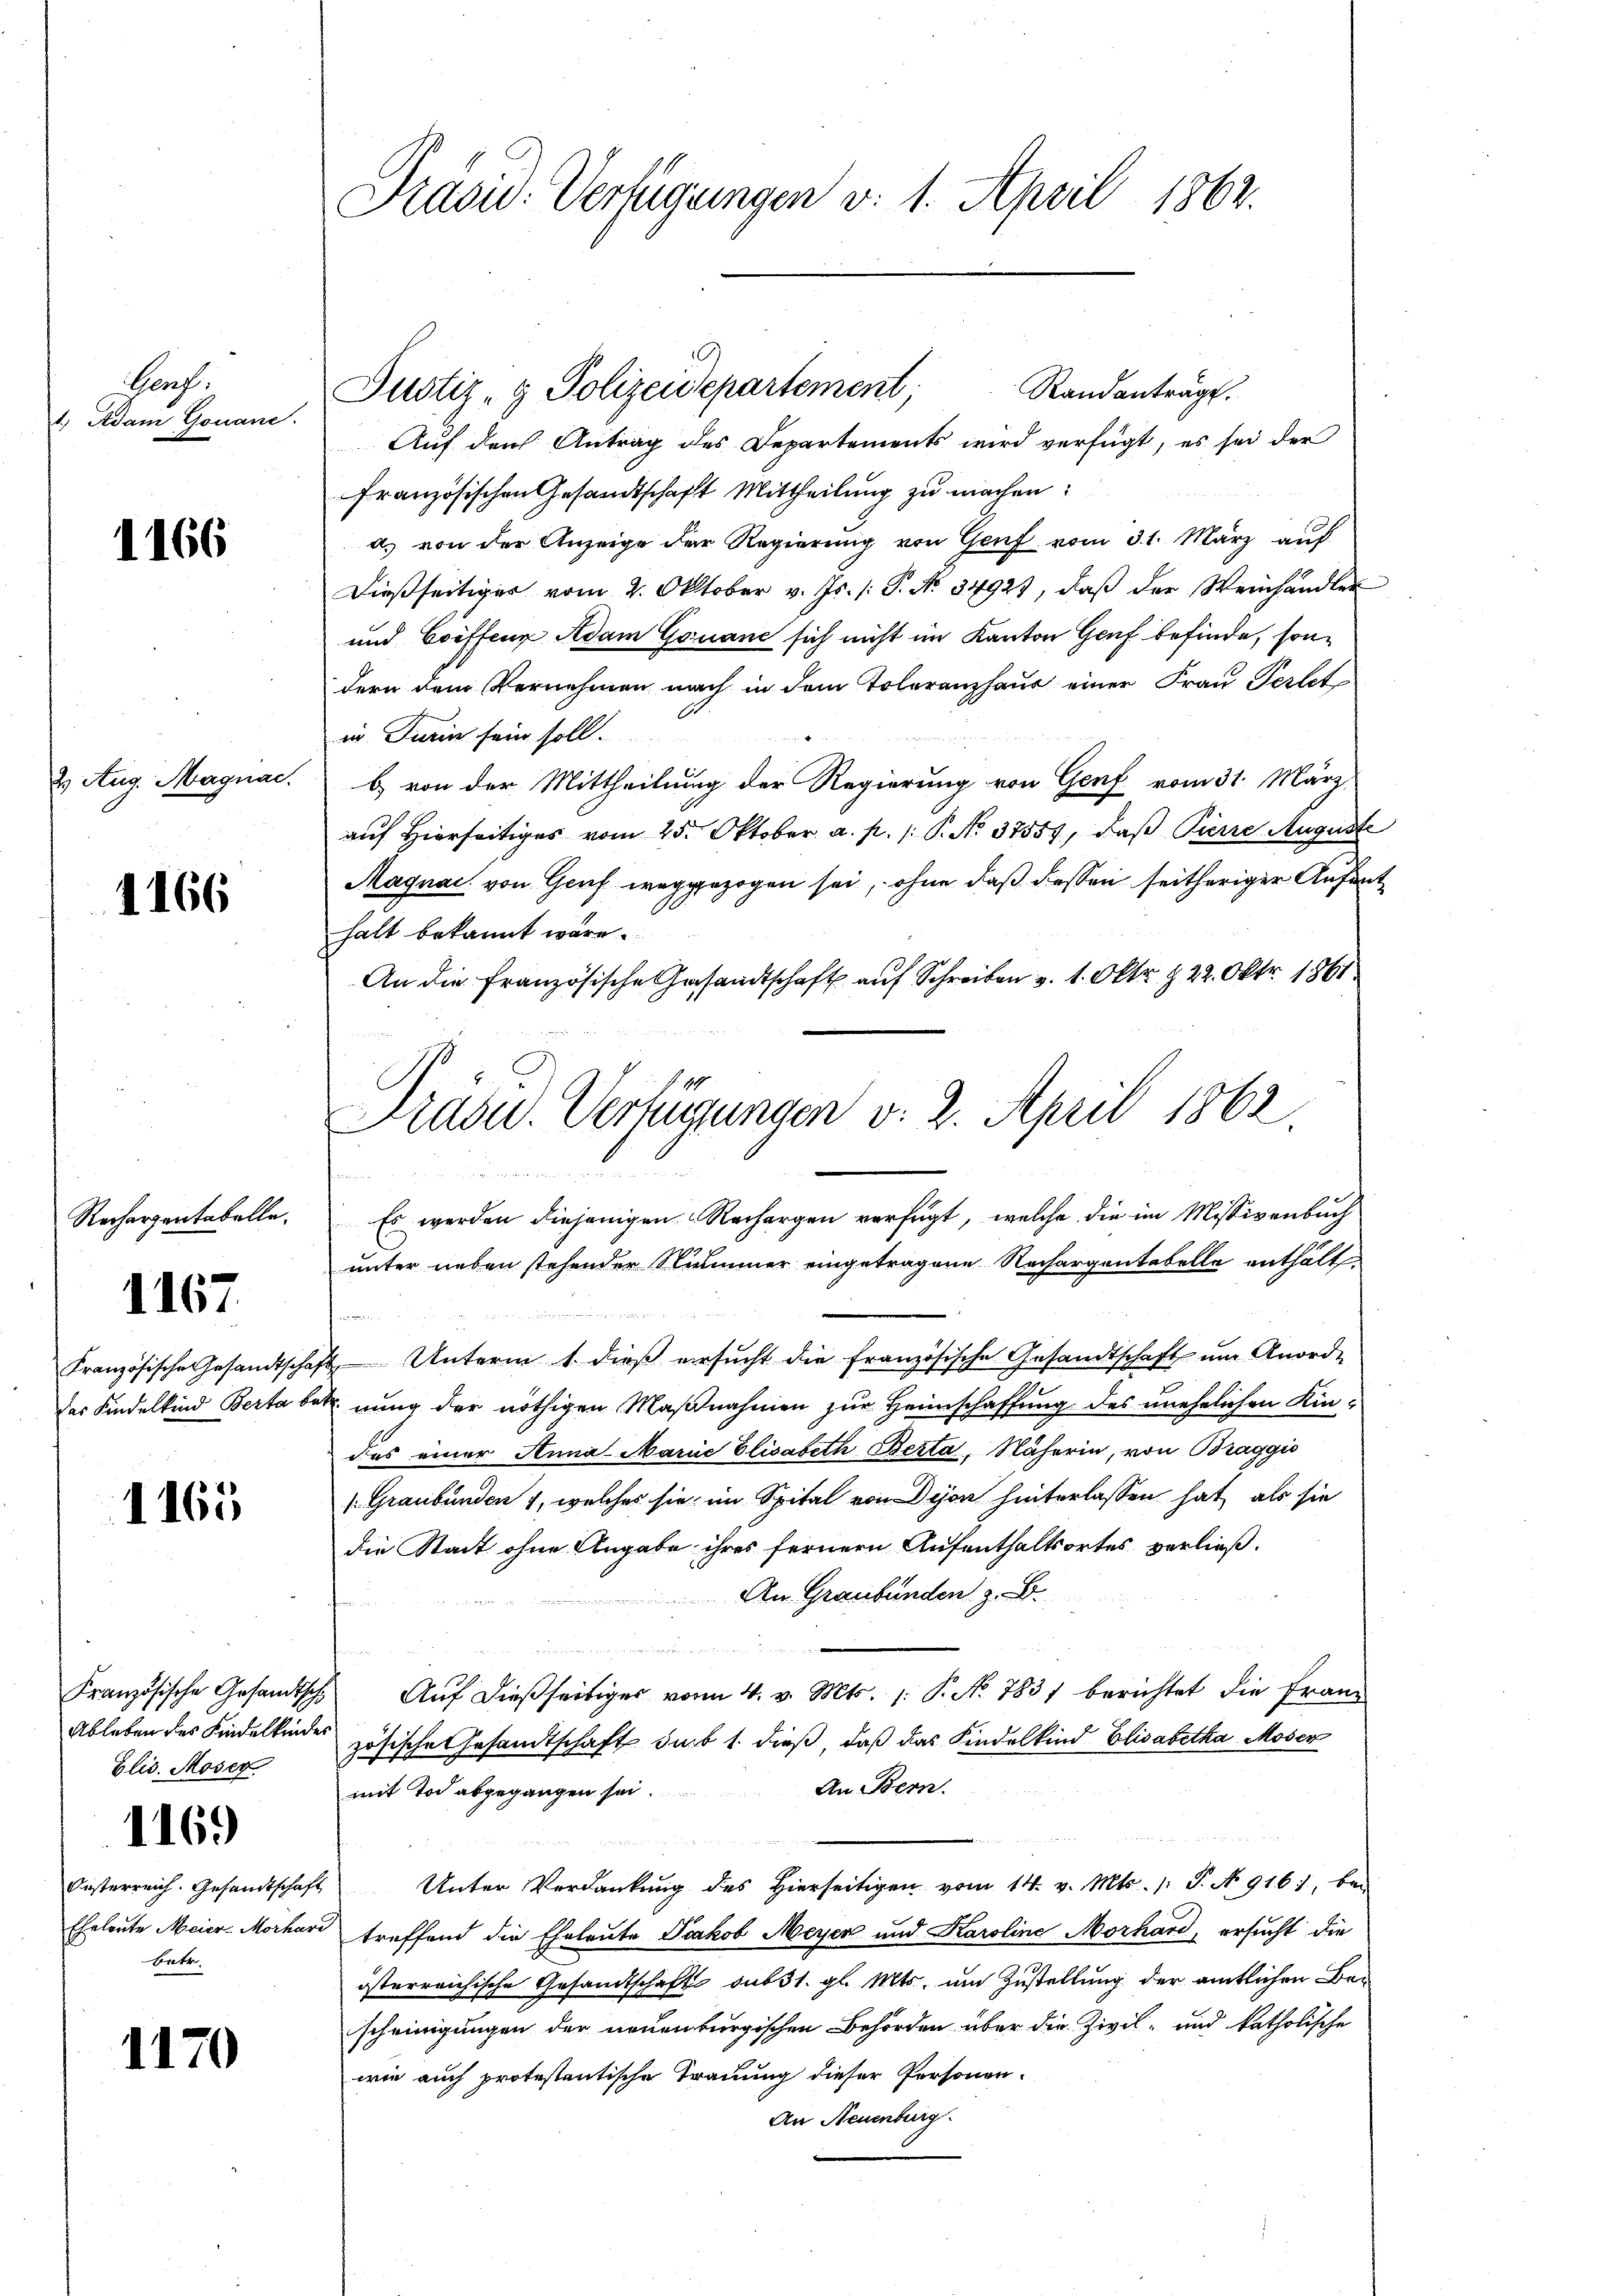
Prach.
1. Adam Gonane.

1166

2 Aug. Magnac.

1166

Rechargentabelle.

167.

Französische Gesandtschaf
das Kindelkind Berta be¬

1165

Französische Gesandtsch
Ableben des Kindelkinder
Elis. Moser.

169

Festerreich. Gesandtschaft
Eheleute Meier-Morhar
betr.

1170

Präsid. Verfügungen d. 1. April 1862.

Randanträge.
Auf der Antrag des Departements wird verfügt, es sei der
Französischen Gesandtschaft Mittheilung zu machen
d) von der Anzeige der Regierung von Genf vom 31. März auf
dießseitiger vom 2. Oktober v. Js. /: P. No. 34923, daß der Weinhandler
und Coiffene Adam Gouane sich nicht im Kanton Genf befinde, sondern dem Vernehmen nach in dem Toleranzhaus einer Frau Perlet
in Turin sein soll.
b) von der Mittheilung der Regierung von Genf vom 31. März
auf Hierseitiges vom 25. Oktober a. p. 1. P. No. 37557, daβ Pierre Auguste
Magnac von Gruf weggezogen sei, ohne daß dessen seitheriger Aufen
halt bekannt wäre.
An die Französische Gesandtschaft auf Schreiben v. 1. Oktr. § 22. Okt. 1861
unter neben stehender Nummer eingetragene Nachargentabelle enthält
2 Unterm 1. dieß ersucht die französische Gesandtschaft um Anordnung der nöthigen Maßnahmen zur Heimschaffung des unehelichen Kindas einer Anna Marie Elisabeth Berta, Näherin, von Braggio
/. Graubünden , welches sie im Spital von Dison hinterlassen hat, als sie
die Stadt ohne Angabe ihres fernern Aufenthaltsortes verließ.
An Graubünden z. B.
Auf dießseitiges vom 4. v. Mts. 1. P. No 783 berichtet die Franz
zösische Gesandtschaft sub 1. dieß, daß das Kindelkind Elisabetha Moser
mit Tod abgegangen sei. An Bern.
Unter Verdankung des hierseitigen vom 14. v. Mts. /: P. No 916, bei
treffend die Eheleute Jakob Meyer und Karoline Morhard, ersucht die
österreichische Gesandtschafts sub 31. gl. Mts. um Zustellung der amtlichen Bescheinigungen der neuenburgischen Behörden über die Zivil- und katholische
wie auch protestantische Trauung dieser Personen-
An Neuenburg

Justiz- & Polizeidepartement

Frasu. Verfügungen v. 2. April 1862
.
hinisten und
Es werden diejenigen Rechargen verfügt, welche die im Missivenbuch